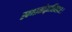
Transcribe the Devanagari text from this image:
स्वभासोद्भासितव्रजः।